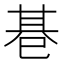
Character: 𢁂